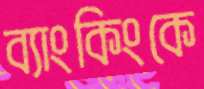
ব্যাংকিংকে